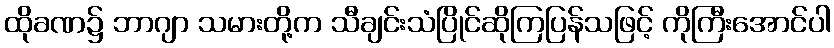
ထိုခဏ၌ ဘာဂျာ သမားတို့က သီချင်းသံပြိုင်ဆိုကြပြန်သဖြင့် ကိုကြီးအောင်ပါ